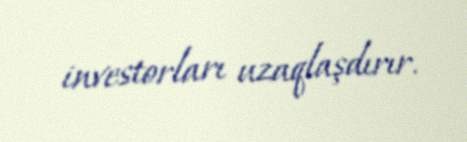
investorları uzaqlaşdırır.